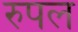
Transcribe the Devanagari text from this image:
रुपल